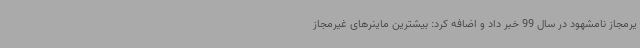
یرمجاز نامشهود در سال 99 خبر داد و اضافه کرد: بیشترین ماینرهای غیرمجاز